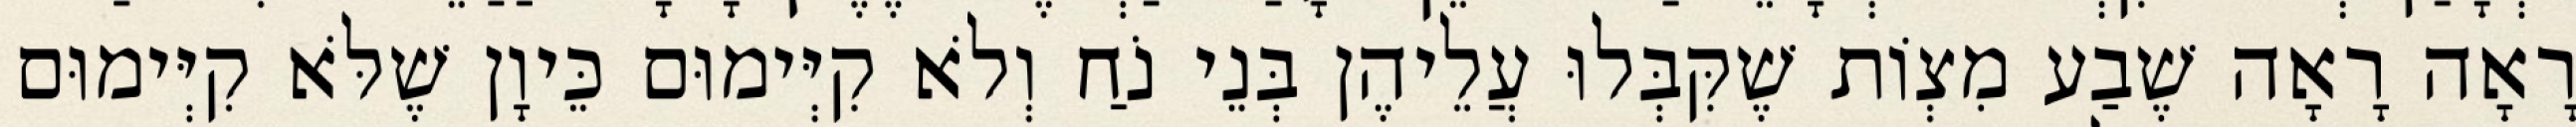
רָאָה רָאָה שֶׁבַע מִצְוֹת שֶׁקִּבְּלוּ עֲלֵיהֶן בְּנֵי נֹחַ וְלֹא קִיְּימוּם כֵּיוָן שֶׁלֹּא קִיְּימוּם